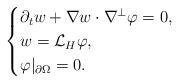
LaTeX: \begin{align*}\begin{cases}\partial_t w+\nabla w\cdot \nabla^\perp\varphi=0,\\w=\mathcal{L}_H\varphi,\\\varphi|_{\partial \Omega}=0.\end{cases}\end{align*}